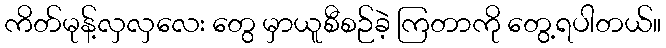
ကိတ်မုန့်လှလှလေး တွေ မှာယူစီစဉ်ခဲ့ ကြတာကို တွေ့ရပါတယ်။